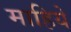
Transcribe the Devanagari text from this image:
माहिये